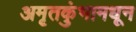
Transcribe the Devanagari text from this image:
अमृतकुंभामधून